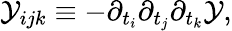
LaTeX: {\cal Y}_{ijk}\equiv-\partial_{t_{i}}\partial_{t_{j}}\partial_{t_{k}}{\cal Y},